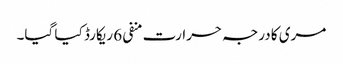
مری کا درجہ حرارت منفی 6 ریکارڈ کیا گیا۔